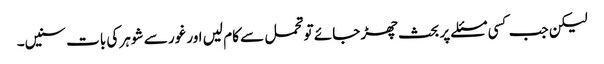
لیکن جب کسی مسئلے پر بحث چھڑ جائے تو تحمل سے کام لیں اور غور سے شوہر کی بات سنیں۔